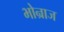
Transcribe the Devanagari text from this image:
भोन्राज